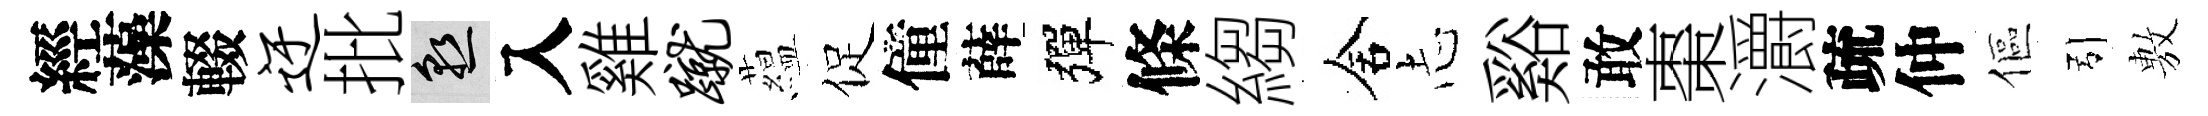
經藻輟迂批熟入雞蹴藴促僮薛彈條縐舍𢖽谿敢棗灂疏仲傴引𢾾